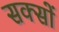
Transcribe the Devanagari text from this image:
सक्सों